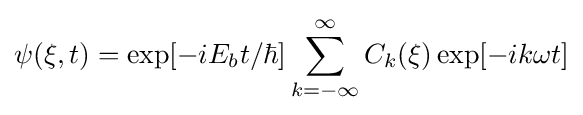
\psi (\mathbf {\xi } ,t)=\exp[-iE_{b}t/\hbar ]\sum _{k=-\infty }^{\infty }C_{k}(\mathbf {\xi } )\exp[-ik\omega t]